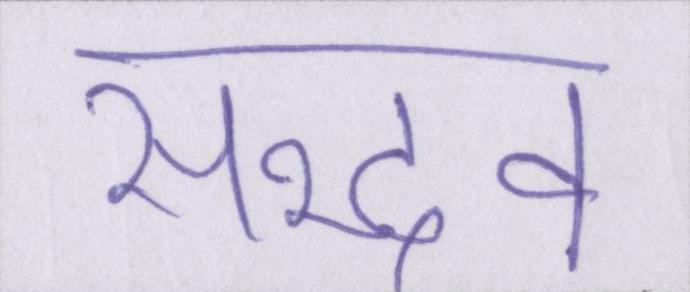
सद्भव